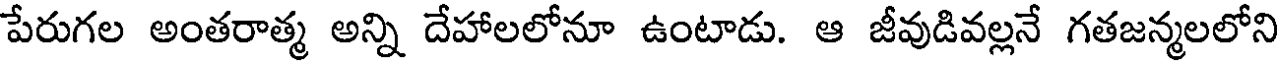
పేరుగల అంతరాత్మ అన్ని దేహాలలోనూ ఉంటాడు. ఆ జీవుడివల్లనే గతజన్మలలోని